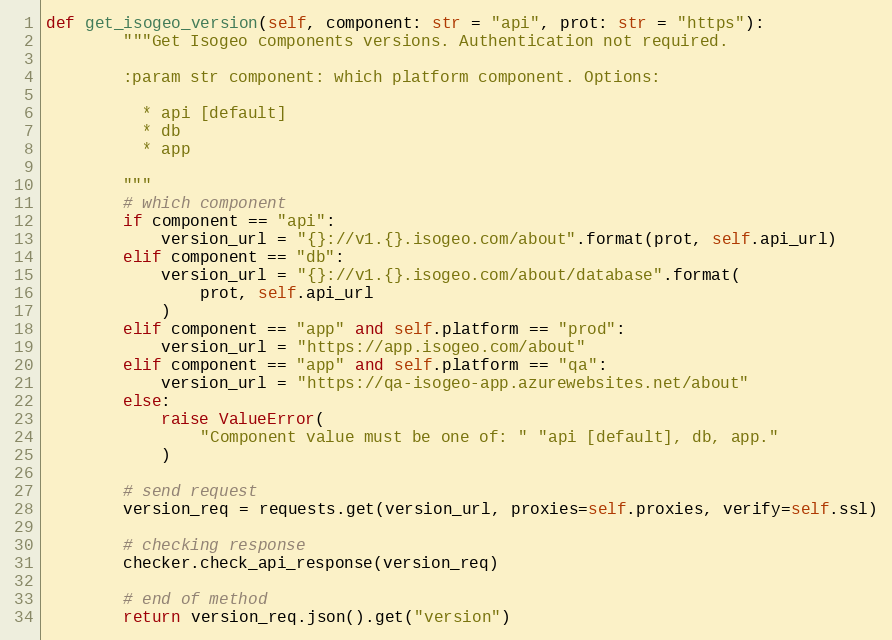
Language: Python
def get_isogeo_version(self, component: str = "api", prot: str = "https"):
        """Get Isogeo components versions. Authentication not required.

        :param str component: which platform component. Options:

          * api [default]
          * db
          * app

        """
        # which component
        if component == "api":
            version_url = "{}://v1.{}.isogeo.com/about".format(prot, self.api_url)
        elif component == "db":
            version_url = "{}://v1.{}.isogeo.com/about/database".format(
                prot, self.api_url
            )
        elif component == "app" and self.platform == "prod":
            version_url = "https://app.isogeo.com/about"
        elif component == "app" and self.platform == "qa":
            version_url = "https://qa-isogeo-app.azurewebsites.net/about"
        else:
            raise ValueError(
                "Component value must be one of: " "api [default], db, app."
            )

        # send request
        version_req = requests.get(version_url, proxies=self.proxies, verify=self.ssl)

        # checking response
        checker.check_api_response(version_req)

        # end of method
        return version_req.json().get("version")